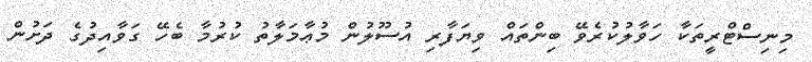
މިނިސްޓްރީތަކާ ހަވާލުކުރެވޭ ބިންތައް ވިޔަފާރި އުސޫލުން މުޢާމަލާތު ކުރުމާ ބެހޭ ގަވާއިދުގެ ދަށުން